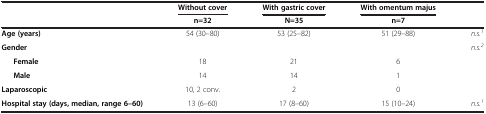
| <ROWSPAN=2>  | Without cover | With gastric cover | With omentum majus | <ROWSPAN=2>  |
 | n=32 | N=35 | n=7 |
 | --- | --- | --- | --- | --- |
 | Age (years) | 54 (30–80) | 53 (25–82) | 51 (29–88) | n.s.1 |
 | Gender |  |  |  | n.s.2 |
 | Female | 18 | 21 | 6 |  |
 | Male | 14 | 14 | 1 |  |
 | Laparoscopic | 10, 2 conv. | 2 | 0 |  |
 | Hospital stay (days, median, range 6–60) | 13 (6–60) | 17 (8–60) | 15 (10–24) | n.s.1 |